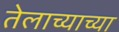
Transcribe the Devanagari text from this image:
तेलाच्याच्या